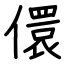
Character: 儇